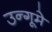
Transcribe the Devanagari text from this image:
उन्गूमे